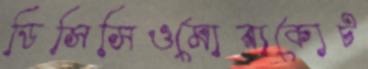
ডিসিসিওমোরাকোট